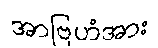
အာဗြဟံအား